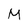
Character: M